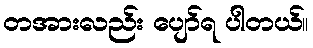
တအားလည်း ပျော်ရ ပါတယ်။